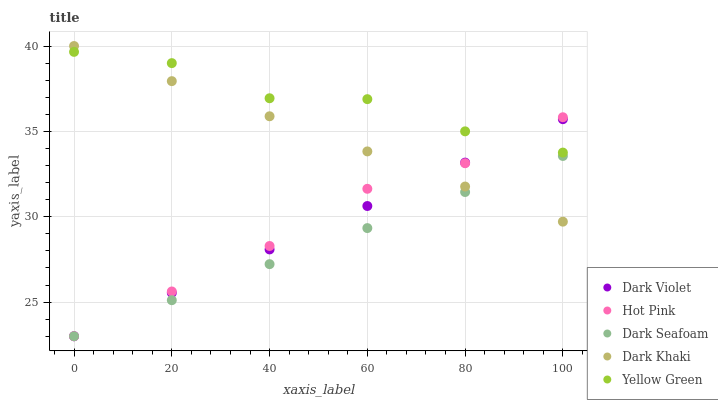
| xaxis_label | Dark Violet | Hot Pink | Dark Seafoam | Dark Khaki | Yellow Green |
 | --- | --- | --- | --- | --- | --- |
 | 0 | 23 | 23 | 23 | 40 | 39.7 |
 | 20 | 25.5 | 25.6 | 25.1 | 37.9 | 39 |
 | 40 | 28.1 | 28.3 | 27.2 | 35.9 | 36.9 |
 | 60 | 30.6 | 31.6 | 29.3 | 33.8 | 36.9 |
 | 80 | 33.2 | 33.1 | 31.4 | 31.8 | 35 |
 | 100 | 35.7 | 35.8 | 33.6 | 29.7 | 33.8 |